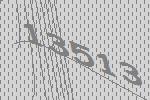
13513